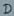
Text: D